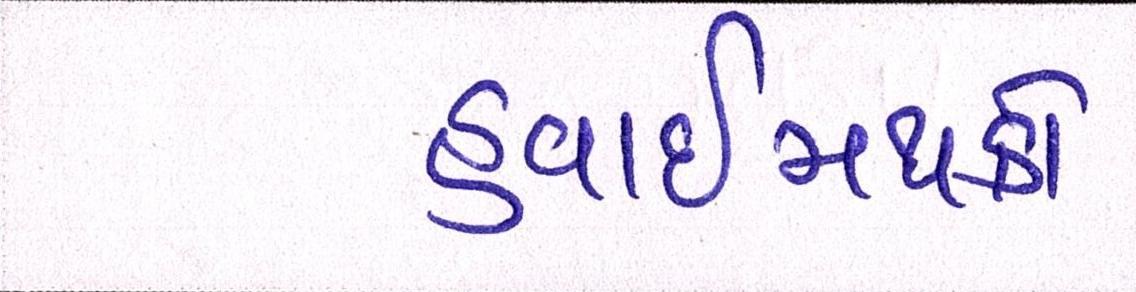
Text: હવાઈમથકો